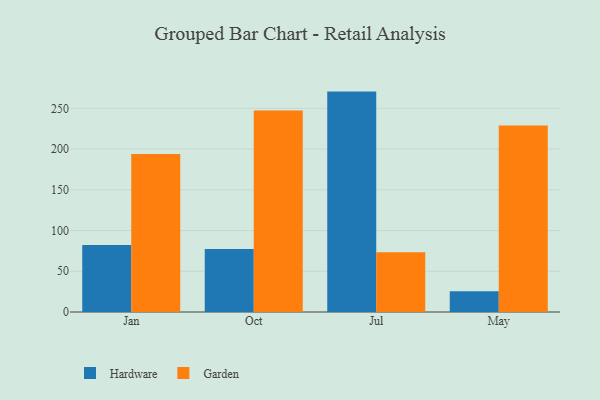
{"axis": {"x": "Month", "y": "Tickets Resolved"}, "legend": ["Garden", "Hardware"], "data": [{"x": "Jan", "y": 82.2, "type": "Hardware"}, {"x": "Jan", "y": 194.1, "type": "Garden"}, {"x": "Oct", "y": 77.5, "type": "Hardware"}, {"x": "Oct", "y": 247.5, "type": "Garden"}, {"x": "Jul", "y": 270.6, "type": "Hardware"}, {"x": "Jul", "y": 73.4, "type": "Garden"}, {"x": "May", "y": 25.5, "type": "Hardware"}, {"x": "May", "y": 229.0, "type": "Garden"}]}